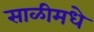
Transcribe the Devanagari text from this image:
साळीमधे